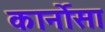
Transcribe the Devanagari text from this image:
कार्नोसा